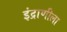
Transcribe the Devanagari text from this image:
इंद्राणीला